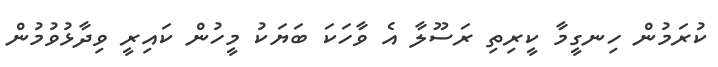
ކުރަމުން ހިނގީމާ ކީރިތި ރަސޫލާ އެ ވާހަކަ ބަޔަކު މީހުން ކައިރީ ވިދާޅުވުމުން